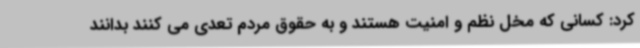
کرد: کسانی که مخل نظم و امنیت هستند و به حقوق مردم تعدی می کنند بدانند